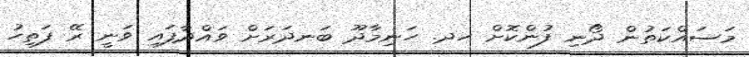
މަސައްކަތުން ދޯނި ފުންކޮށް ހދ. ހަނިމާދޫ ބަނދަރަށް ވައްދާފައި ވަނީ ރޭ ފަތިހު